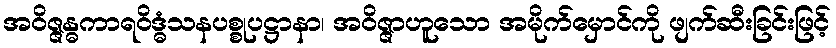
အဝိဇ္ဇန္ဓကာရဝိဒ္ဓံသနပစ္စုပဋ္ဌာနာ၊ အဝိဇ္ဇာဟူသော အမိုက်မှောင်ကို ဖျက်ဆီးခြင်းဖြင့်